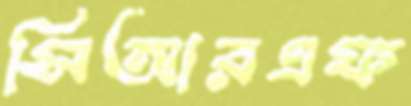
সিআরএফ